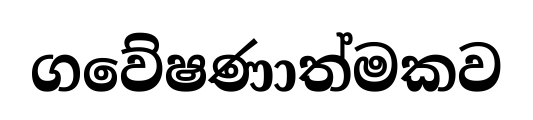
ගවේෂණාත්මකව